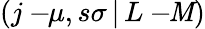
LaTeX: \left(j-\! \! \mu,s\sigma\, |\, L-\! \! \mathit{M}\right)